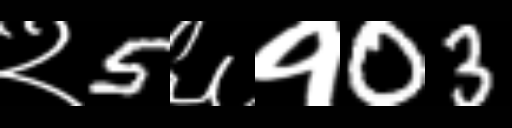
Text: २5६१03